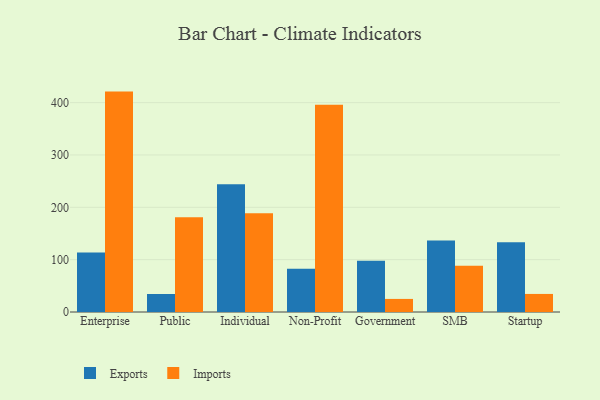
{"axis": {"x": "Segment", "y": "Latency (ms)"}, "legend": ["Exports", "Imports"], "data": [{"x": "Enterprise", "y": 113.8, "type": "Exports"}, {"x": "Enterprise", "y": 421.1, "type": "Imports"}, {"x": "Public", "y": 34.4, "type": "Exports"}, {"x": "Public", "y": 180.8, "type": "Imports"}, {"x": "Individual", "y": 244.1, "type": "Exports"}, {"x": "Individual", "y": 188.7, "type": "Imports"}, {"x": "Non-Profit", "y": 82.7, "type": "Exports"}, {"x": "Non-Profit", "y": 395.9, "type": "Imports"}, {"x": "Government", "y": 97.8, "type": "Exports"}, {"x": "Government", "y": 25.0, "type": "Imports"}, {"x": "SMB", "y": 136.6, "type": "Exports"}, {"x": "SMB", "y": 88.4, "type": "Imports"}, {"x": "Startup", "y": 133.1, "type": "Exports"}, {"x": "Startup", "y": 34.5, "type": "Imports"}]}